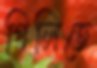
গিলিতে